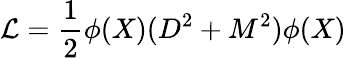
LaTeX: \mathcal{L}=\frac{1}{2}\phi(X)(D^{2}+M^{2})\phi(X)